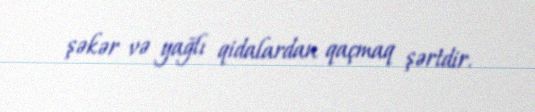
şəkər və yağlı qidalardan qaçmaq şərtdir.